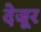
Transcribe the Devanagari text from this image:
देजूर